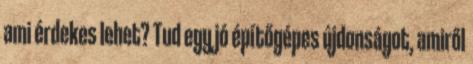
ami érdekes lehet? Tud egy jó építőgépes újdonságot, amiről